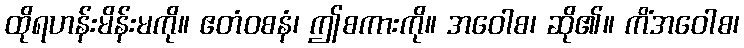
ထိုရဟန်းမိန်းမကို။ ဧတံဝစနံ၊ ဤစကားကို။ အဝေါစ၊ ဆို၏။ ကိံအဝေါစ၊